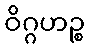
ဝိဂ္ဂဟဉ္စ